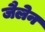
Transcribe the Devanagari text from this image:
जैलेन